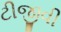
ટીજીવી